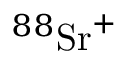
{ } ^ { 8 8 } \mathrm { S r } ^ { + }